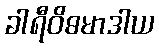
ခါရီဝိဓမာဒါယ